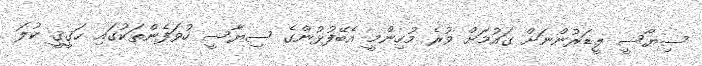
ސިޔާސީ ލީޑަރުންނަށް ގައުމަށް ވުރެ މުހިންމީ އެބޭފުޅުންގެ ސިޔާސީ ހުވަފެންތަކުގައި ޙަޤީޤީ ކުލަ